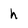
Character: h